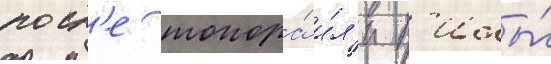
посл'е топора́ и́л'и п'илы́